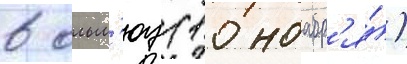
в ольм'юц (10 ноабр'я́)